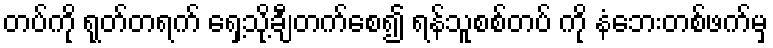
တပ်ကို ရုတ်တရက် ရှေ့သို့ချီတက်စေ၍ ရန်သူစစ်တပ် ကို နံဘေးတစ်ဖက်မှ